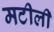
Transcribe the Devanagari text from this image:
मटीली